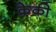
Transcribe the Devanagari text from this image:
क्रेकी